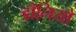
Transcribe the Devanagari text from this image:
डौलियों